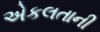
એકલતાની